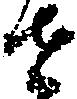
せ